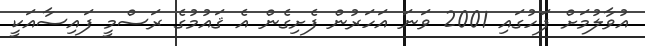
އުވާލުމަށް ފަހުގައި 2001 ވަނަ އަހަރުން ފެށިގެން އެ ޤައުމުގެ ރަސްމީ ފައިސާއަކީ